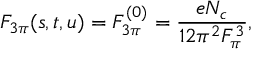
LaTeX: F _ { 3 \pi } ( s , t , u ) = F _ { 3 \pi } ^ { ( 0 ) } = \frac { e N _ { c } } { 1 2 \pi ^ { 2 } F _ { \pi } ^ { 3 } } ,